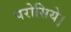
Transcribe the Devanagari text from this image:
परोसिये।